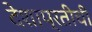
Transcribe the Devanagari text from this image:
देशाप्रतीची